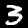
Label: 3